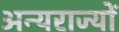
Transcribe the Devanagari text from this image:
अन्यराज्यों